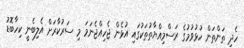
ހެދި ތަންތަން ހުޅުވުމުގެ ރަސްމިއްޔާތުތަކުގައި އުޅެން ޖެހިއްޖެނަމަ މި ސަރުކާރަށް އެލިބެނީ ކިހާބޮޑު